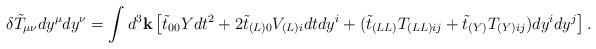
LaTeX: \begin{align*}\delta \tilde{T}_{\mu\nu}dy^{\mu}dy^{\nu} = \int d^3{\bf k}\left[ \tilde{t}_{00}Ydt^2 + 2\tilde{t}_{(L)0}V_{(L)i}dtdy^i + (\tilde{t}_{(LL)}T_{(LL)ij}+\tilde{t}_{(Y)}T_{(Y)ij})dy^idy^j\right].\end{align*}